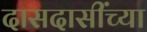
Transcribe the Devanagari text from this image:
दासदासींच्या